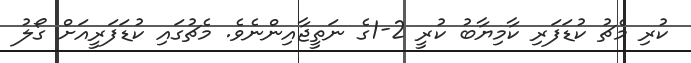
ކުރި މެޗު ކުޑަފަރި ކާމިޔާބު ކުރީ 2-1ގެ ނަތީޖާއިންނެވެ. މެޗުގައި ކުޑަފަރީއަށް ގޯލު